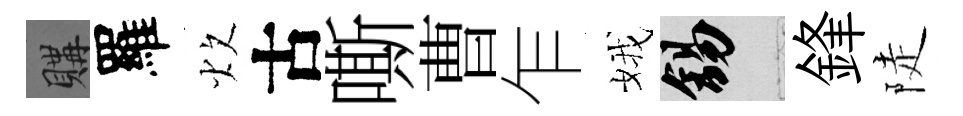
購羅炊古嘶曹乍娥錫鋒陡